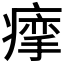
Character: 𰣽